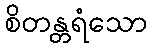
စိတန္တရံသော